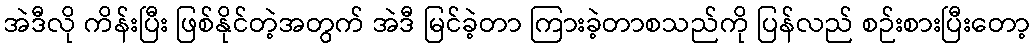
အဲဒီလို ကိန်းပြီး ဖြစ်နိုင်တဲ့အတွက် အဲဒီ မြင်ခဲ့တာ ကြားခဲ့တာစသည်ကို ပြန်လည် စဉ်းစားပြီးတော့